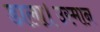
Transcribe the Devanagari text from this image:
डाला।उस्मान